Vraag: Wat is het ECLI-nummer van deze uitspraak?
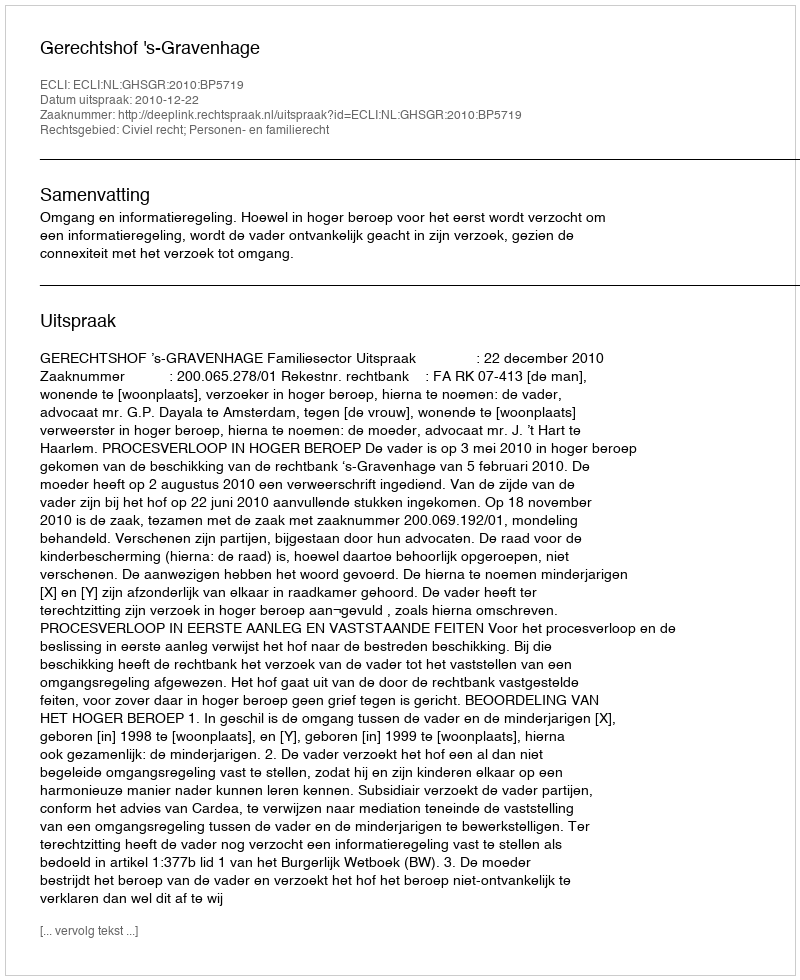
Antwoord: ECLI:NL:GHSGR:2010:BP5719